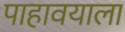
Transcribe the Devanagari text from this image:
पाहावयाला